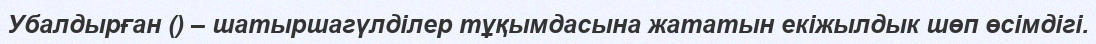
Убалдырған () – шатыршагүлділер тұқымдасына жататын екіжылдык шөп өсімдігі.